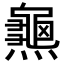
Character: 𪚰